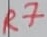
Text: R7